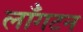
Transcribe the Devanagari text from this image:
लाँगटन